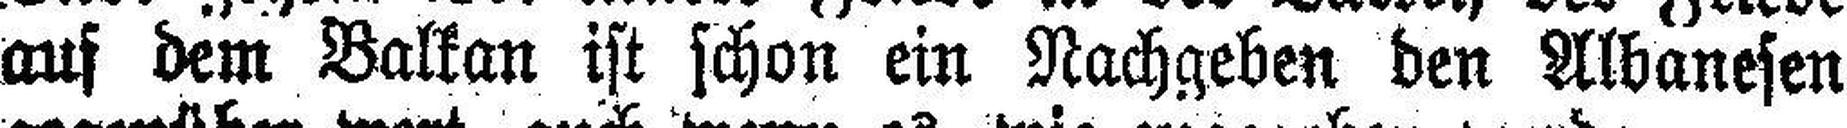
aus dem Balkan ist schon ein Nachgeben den Albanesen